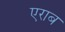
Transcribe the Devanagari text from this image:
एराब